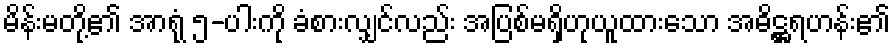
မိန်းမတို့၏ အာရုံ ၅-ပါးကို ခံစားလျှင်လည်း အပြစ်မရှိဟုယူထားသော အဓိဋ္ဌရဟန်း၏